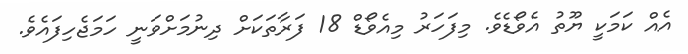
އެއް ކަމަކީ ޔޫތު އެވޯޑެވެ. މިފަހަރު މިއެވޯޑް 18 ފަރާތަކަށް ދިނުމަށްވަނީ ހަމަޖެހިފައެވެ.